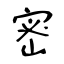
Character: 密